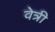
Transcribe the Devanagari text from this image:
वेत्री